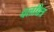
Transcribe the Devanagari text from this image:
चलच्चित्र